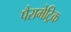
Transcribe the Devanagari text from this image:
पैरामेट्रिक